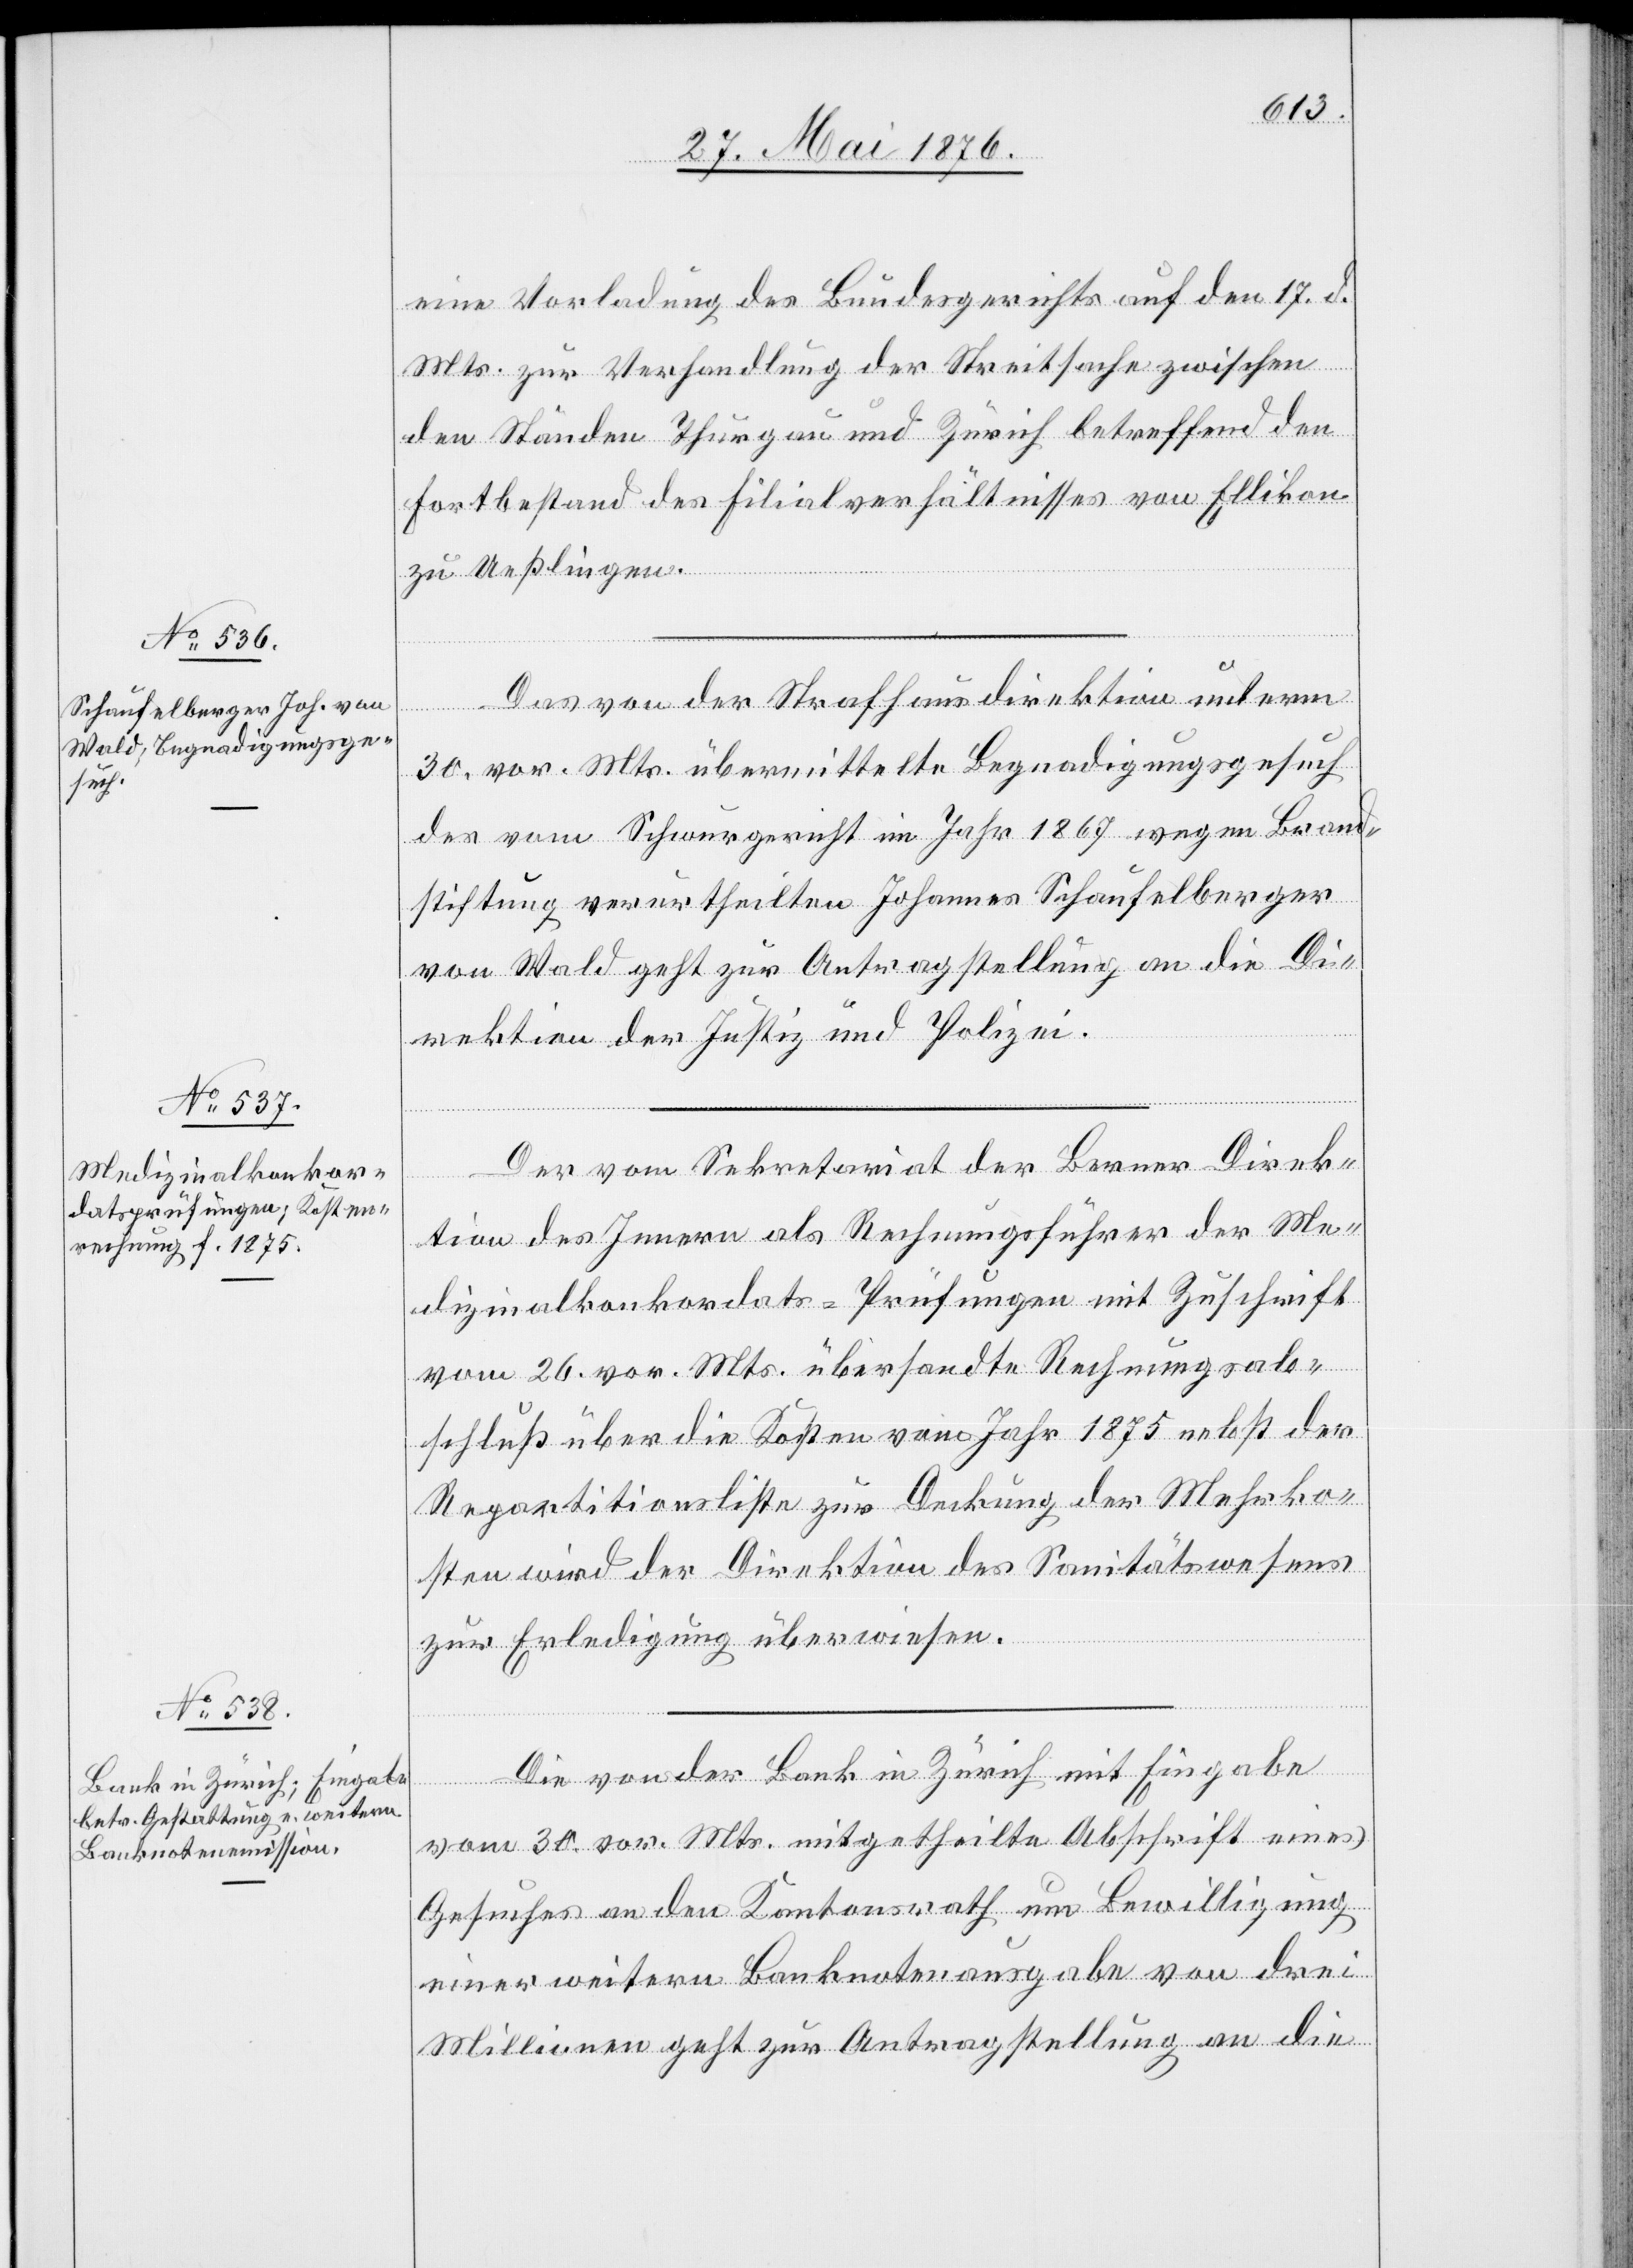
eine Vorladung des Bundesgerichts auf den 17. d.
Mts. zur Verhandlung der Streitsache zwischen
den Ständen Thurgau und Zürich betreffend den
Fortbestand des Filialverhältnisses von Ellikon
zu Ueßlingen.
Das von der Strafhausdirektion unterm
[Präsidial-Verfügungen
30. vor. Mts. übermittelte Begnadigungsgesuch
des vom Schwurgericht im Jahr 1867 wegen Brand¬
stiftung verurtheilten Johannes Schaufelberger
von Wald geht zur Antragstellung an die Di¬
rektion der Justiz und Polizei.
Der vom Sekretariat der Berner Direk¬
tion des Innern als Rechnungsführer der Me¬
dizinalkonkordats-Prüfungen mit Zuschrift
vom 26. vor. Mts. übersandte Rechnungsab¬
schluß über die Kosten vom Jahr 1875 nebst der
Repartitionsliste zur Deckung der Mehrko¬
sten wird der Direktion des Sanitätswesens
zur Erledigung überwiesen.
Die von der Bank in Zürich mit Eingabe
vom 30. vor. Mts. mitgetheilte Abschrift eines
Gesuches an den Kantonsrath um Bewilligung
einer weitern Banknotenausgabe von drei
Millionen geht zur Antragstellung an die